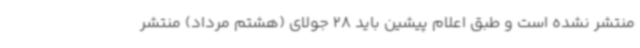
منتشر نشده است و طبق اعلام پیشین باید 28 جولای (هشتم مرداد) منتشر